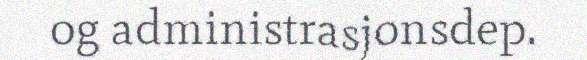
og administrasjonsdep.